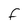
Character: F